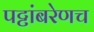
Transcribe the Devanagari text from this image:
पट्टांबरेणच